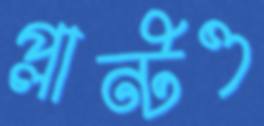
প্লান্টও